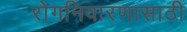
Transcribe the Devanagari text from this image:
रोगनिवारणासाठी